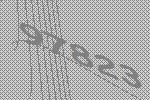
97823